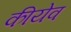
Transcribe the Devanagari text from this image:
कीयेव